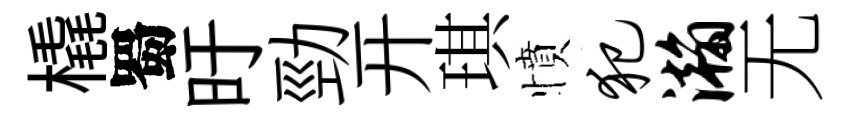
橇蜀旴勁开琪憤犯瀚无